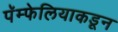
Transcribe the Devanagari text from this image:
पॅम्फेलियाकडून